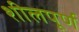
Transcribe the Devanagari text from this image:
शीलपूर्ण